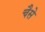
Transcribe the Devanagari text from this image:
चैसे